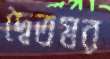
দ্বৈতস্বর